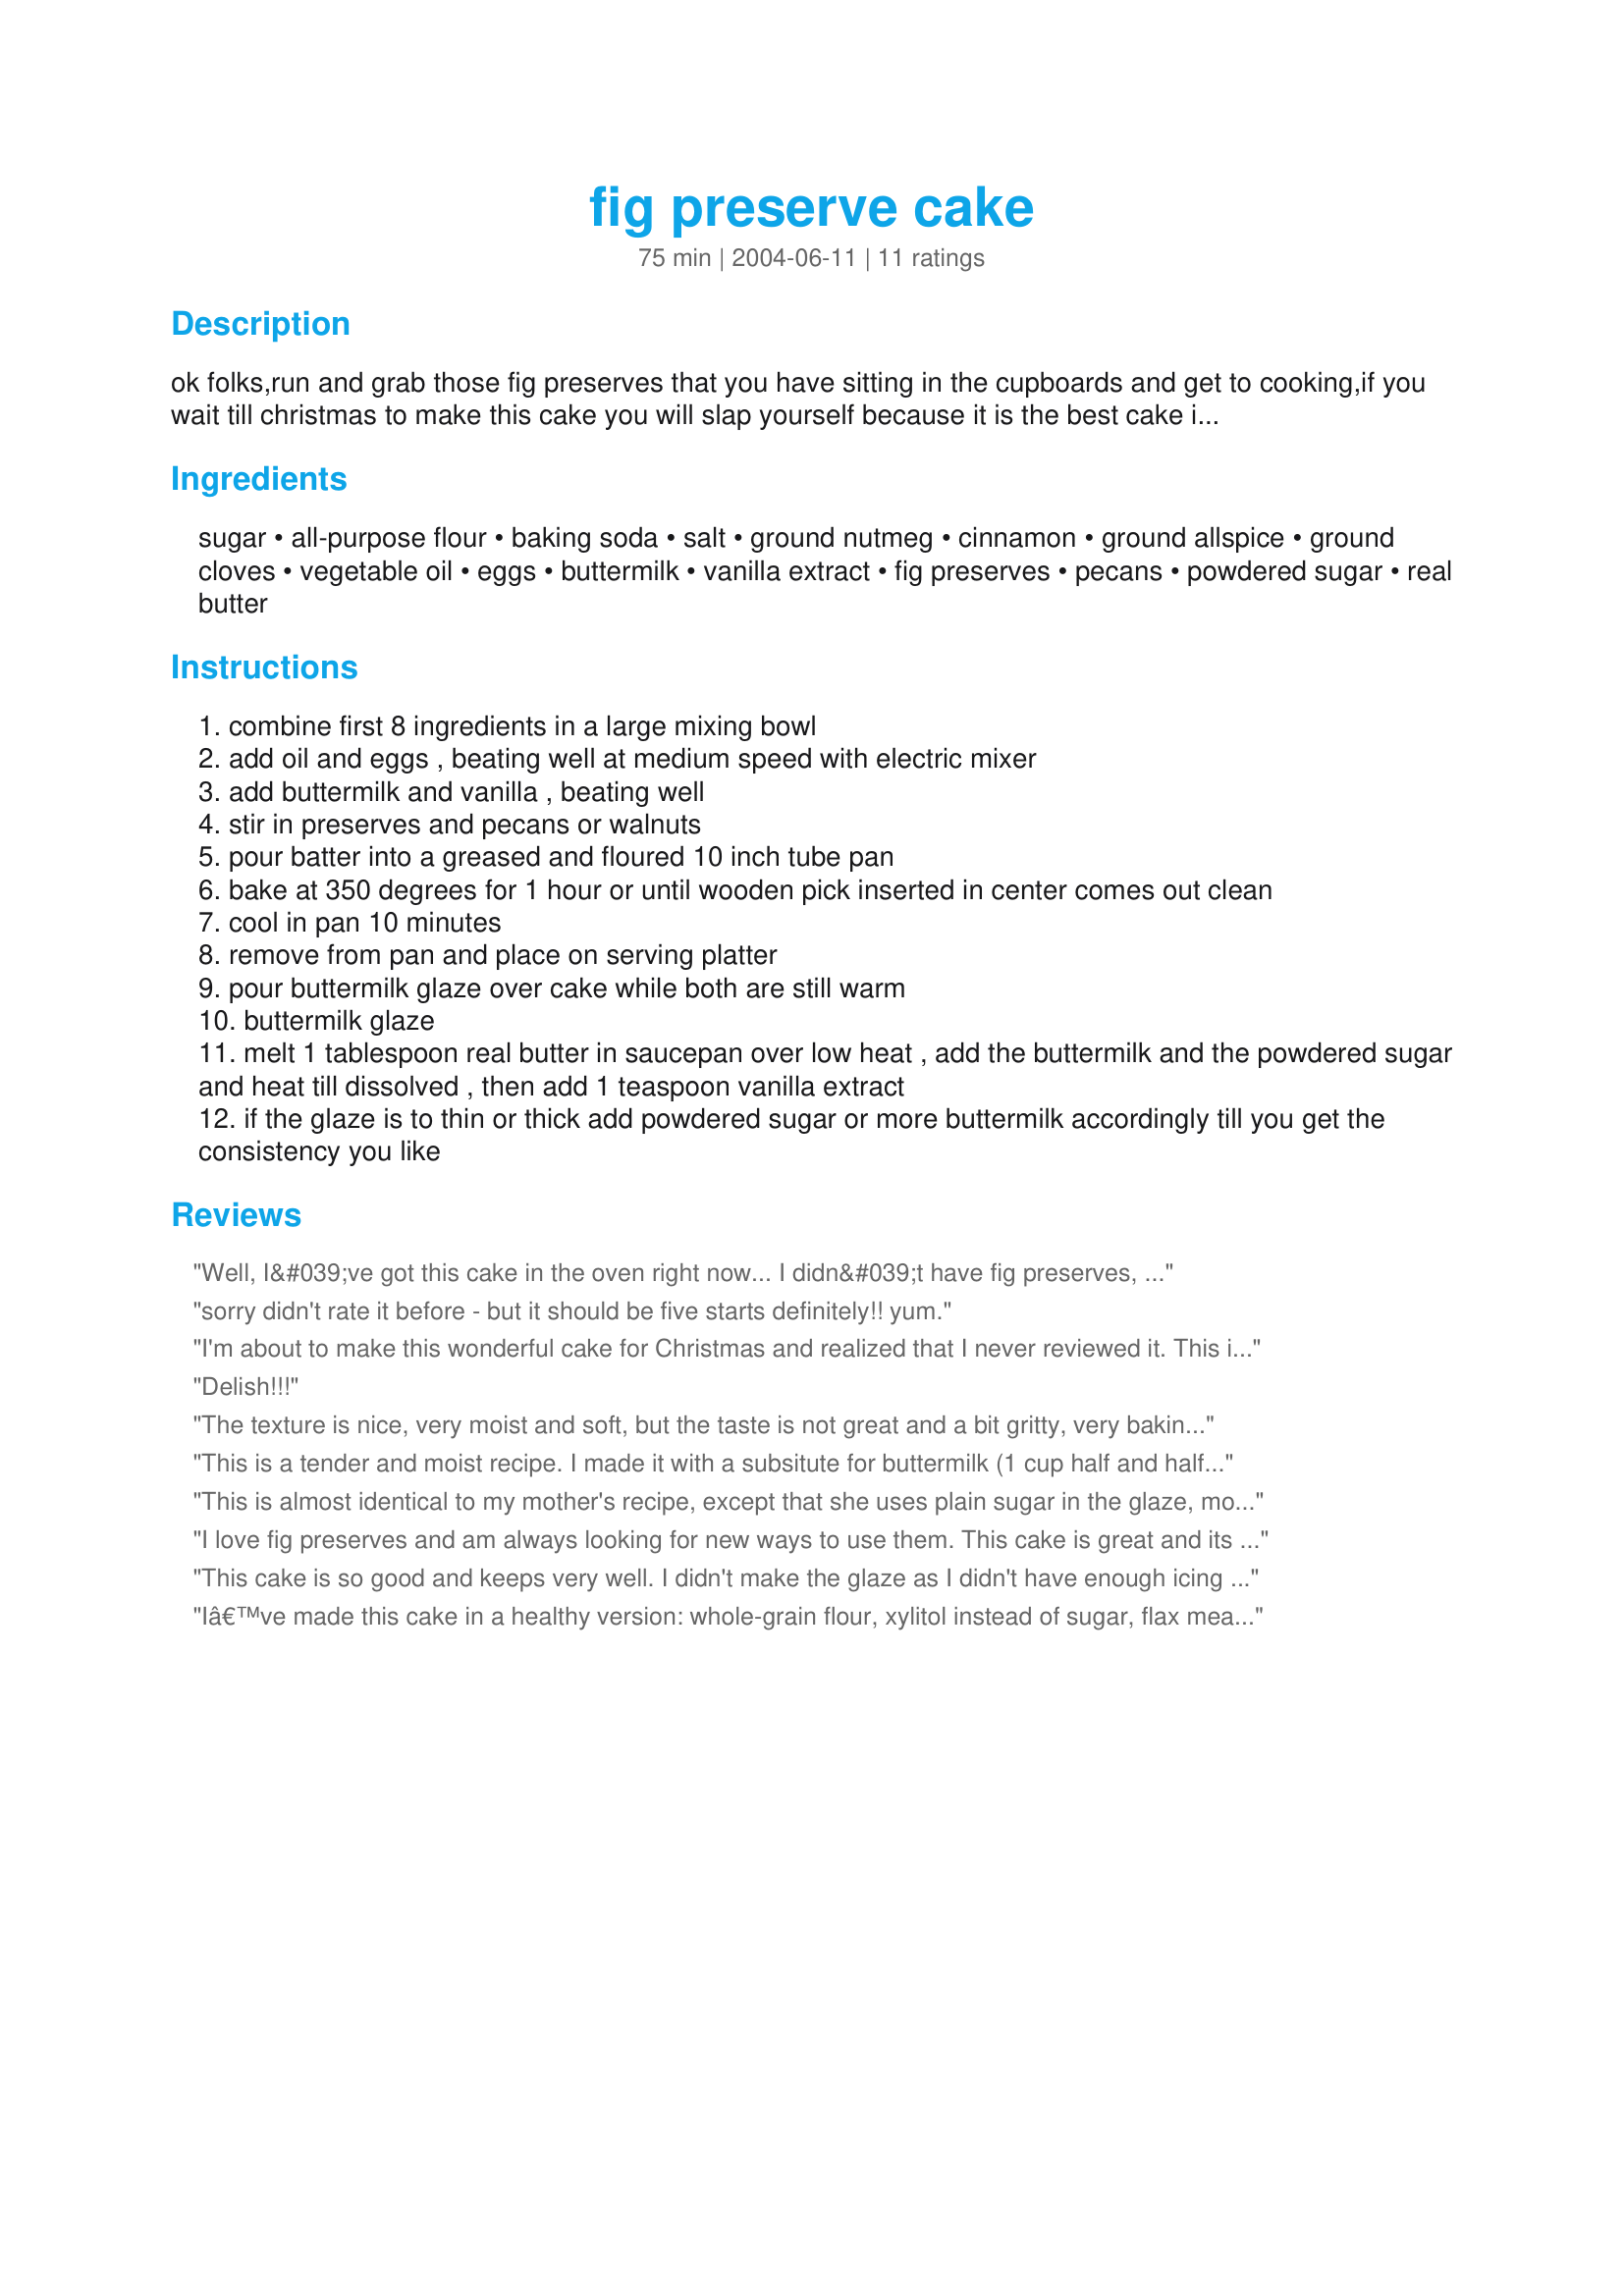
fig preserve cake
Preparation time: 75 minutes

ok folks,run and grab those fig preserves that you have sitting in the cupboards and get to cooking,if you wait till christmas to make this cake you will slap yourself because it is the best cake i have ever eaten,and you will think so too after you make it!!got this recipe from mom who has been making it for years.

Ingredients:
sugar, all-purpose flour, baking soda, salt, ground nutmeg, cinnamon, ground allspice, ground cloves, vegetable oil, eggs, buttermilk, vanilla extract, fig preserves, pecans, powdered sugar, real butter

Steps:
combine first 8 ingredients in a large mixing bowl
add oil and eggs , beating well at medium speed with electric mixer
add buttermilk and vanilla , beating well
stir in preserves and pecans or walnuts
pour batter into a greased and floured 10 inch tube pan
bake at 350 degrees for 1 hour or until wooden pick inserted in center comes out clean
cool in pan 10 minutes
remove from pan and place on serving platter
pour buttermilk glaze over cake while both are still warm
buttermilk glaze
melt 1 tablespoon real butter in saucepan over low heat , add the buttermilk and the powdered sugar and heat till dissolved , then add 1 teaspoon vanilla extract
if the glaze is to thin or thick add powdered sugar or more buttermilk accordingly till you get the consistency you like

Reviews:
Well, I&#039;ve got this cake in the oven right now... I didn&#039;t have fig preserves, but DID have fig butter and so used it instead. :-) Hope it turns out good... the house smells yummy. :-)
sorry didn't rate it before - but it should be five starts definitely!! yum.
I'm about to make this wonderful cake for Christmas and realized that I never reviewed it. This is a great cake and very easy to make. It makes the house smell marvelous!
Delish!!!
The texture is nice, very moist and soft, but the taste is not great and a bit gritty, very baking-soda tasting, very disappointed!
This is a tender and moist recipe. I made it with a subsitute for buttermilk (1 cup half and half plus 4Tbsp. Vinegar), and I did not add the glaze. This cake tastes better after a day. I cut the Allspice in half as it&#039;s not to my taste. Enjoy!
This is almost identical to my mother's recipe, except that she uses plain sugar in the glaze, more butter, and boils the mixture before pouring it on the cake. This way looks easier! Hands-down my favorite cake on earth, and I usually don't even like sweets!
I love fig preserves and am always looking for new ways to use them. This cake is great and its easy to make. I'm not much of a baker and this turned out really well. Thanks.
This cake is so good and keeps very well. I didn't make the glaze as I didn't have enough icing sugar on hand but this cake doesn't need any kind of icing. It is sweet enough from the figs. I will definitely make this again!
Iâ€™ve made this cake in a healthy version: whole-grain flour, xylitol instead of sugar, flax meal instead of eggs, fat free yoghurt, less oil and no sauce but it was still superb and it had only 250cal/100gr with some extra fibre. Great dense and moist texture with nice fig flavour. This cake reminds me of sticky date pudding. It also has an extra bonus: you can mix everything in one bowl using only a wooden spoon.
This cake is very good, especially after a few days...if it lasts that long at your house! I don't particularly like fig preserves on their own, but had one lonely pint jar languishing in the fridge, with barely a few spoonfuls eaten. What a great way to use preserves! You really cannot tell what makes this cake so tasty... it doesn't scream FIGS -- more like, moist, tender spice cake. Thanks for the easy, delicious recipe!
